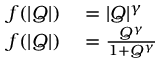
\begin{array} { r l } { f ( | Q | ) } & { { } = | Q | ^ { \gamma } } \\ { f ( | Q | ) } & { { } = \frac { Q ^ { \gamma } } { 1 + Q ^ { \gamma } } } \end{array}